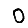
Digit: 0